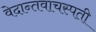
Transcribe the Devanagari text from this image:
वेदान्तवाचस्पती